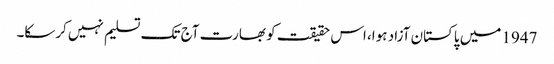
1947 میں پاکستان آزاد ہوا، اس حقیقت کو بھارت آج تک تسلیم نہیں کرسکا۔